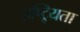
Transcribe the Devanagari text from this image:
राष्ट्र्यिता